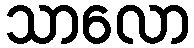
သာလော